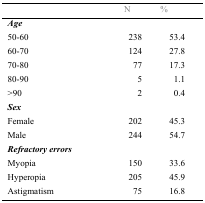
<table><thead><tr><td></td><td><b>N</b></td><td><b>%</b></td></tr></thead><tbody><tr><td><b><i>Age</i></b></td><td></td><td></td></tr><tr><td>50-60</td><td>238</td><td>53.4</td></tr><tr><td>60-70</td><td>124</td><td>27</td></tr><tr><td>70-80</td><td>77</td><td>17.3</td></tr><tr><td>80-90</td><td>5</td><td>1.1</td></tr><tr><td>&gt;90</td><td>2</td><td>0.4</td></tr><tr><td><b><i>Sex</i></b></td><td></td><td></td></tr><tr><td>Female</td><td>202</td><td>45.3</td></tr><tr><td>Male</td><td>244</td><td>54.7</td></tr><tr><td><b><i>Refractory errors</i></b></td><td></td><td></td></tr><tr><td>Myopia</td><td>150</td><td>33.6</td></tr><tr><td>Hyperopia</td><td>205</td><td>45.9</td></tr><tr><td>Astigmatism</td><td>75</td><td>16.8</td></tr></tbody></table>